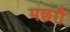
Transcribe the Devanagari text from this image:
मछरी